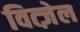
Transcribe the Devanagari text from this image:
वित्ज़ेल